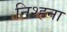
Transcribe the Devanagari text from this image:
निश्हना